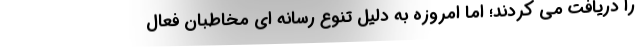
را دریافت می کردند؛ اما امروزه به دلیل تنوع رسانه ای مخاطبان فعال